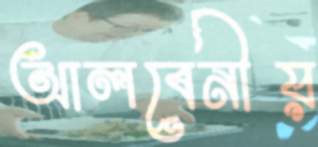
আলবেনীয়